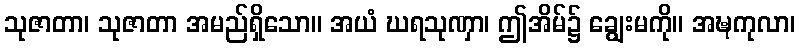
သုဇာတာ၊ သုဇာတာ အမည်ရှိသော။ အယံ ဃရသုဏှာ၊ ဤအိမ်၌ ချွေးမကို။ အဍ္ဎကုလာ၊